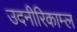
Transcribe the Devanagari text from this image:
उदनीरिकाम्ल